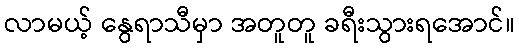
လာမယ့် နွေရာသီမှာ အတူတူ ခရီးသွားရအောင်။